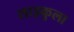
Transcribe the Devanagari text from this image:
साइकुला